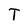
Character: T